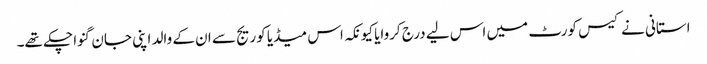
استانی نے کیس کورٹ میں اس لیے درج کروایا کیونکہ اس میڈیا کوریج سے ان کے والد اپنی جان گنوا چکے تھے۔